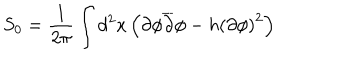
LaTeX: S _ { 0 } = \frac { 1 } { 2 \pi } \int d ^ { 2 } x \left( \partial \phi \overline { { { \partial } } } \phi - h \left( \partial \phi \right) ^ { 2 } \right)